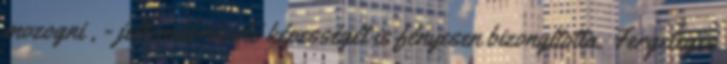
mozogni , - jellemábrázoló képességét is fényesen bizonyította. Fergeteges